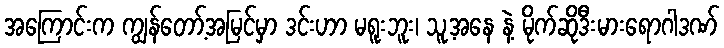
အကြောင်းက ကျွန်တော့်အမြင်မှာ ဒင်းဟာ မရူးဘူး၊ သူ့အနေ နဲ့ မိုက်ဆိုဒီးမားရောဂါဒဏ်